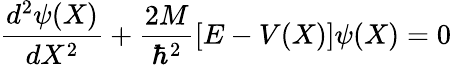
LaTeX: \frac{d^{2}\psi(X)}{dX^{2}}+\frac{2M}{\hbar^{2}}\left[E-V(X)\right]\psi(X)=0